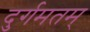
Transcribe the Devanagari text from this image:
दुर्गमतम्